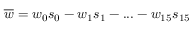
\overline { { w } } = w _ { 0 } s _ { 0 } - w _ { 1 } s _ { 1 } - . . . - w _ { 1 5 } s _ { 1 5 }